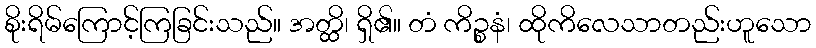
စိုးရိမ်ကြောင့်ကြခြင်းသည်။ အတ္ထိ၊ ရှိ၏။ တံ ကိဉ္စနံ၊ ထိုကိလေသာတည်းဟူသော